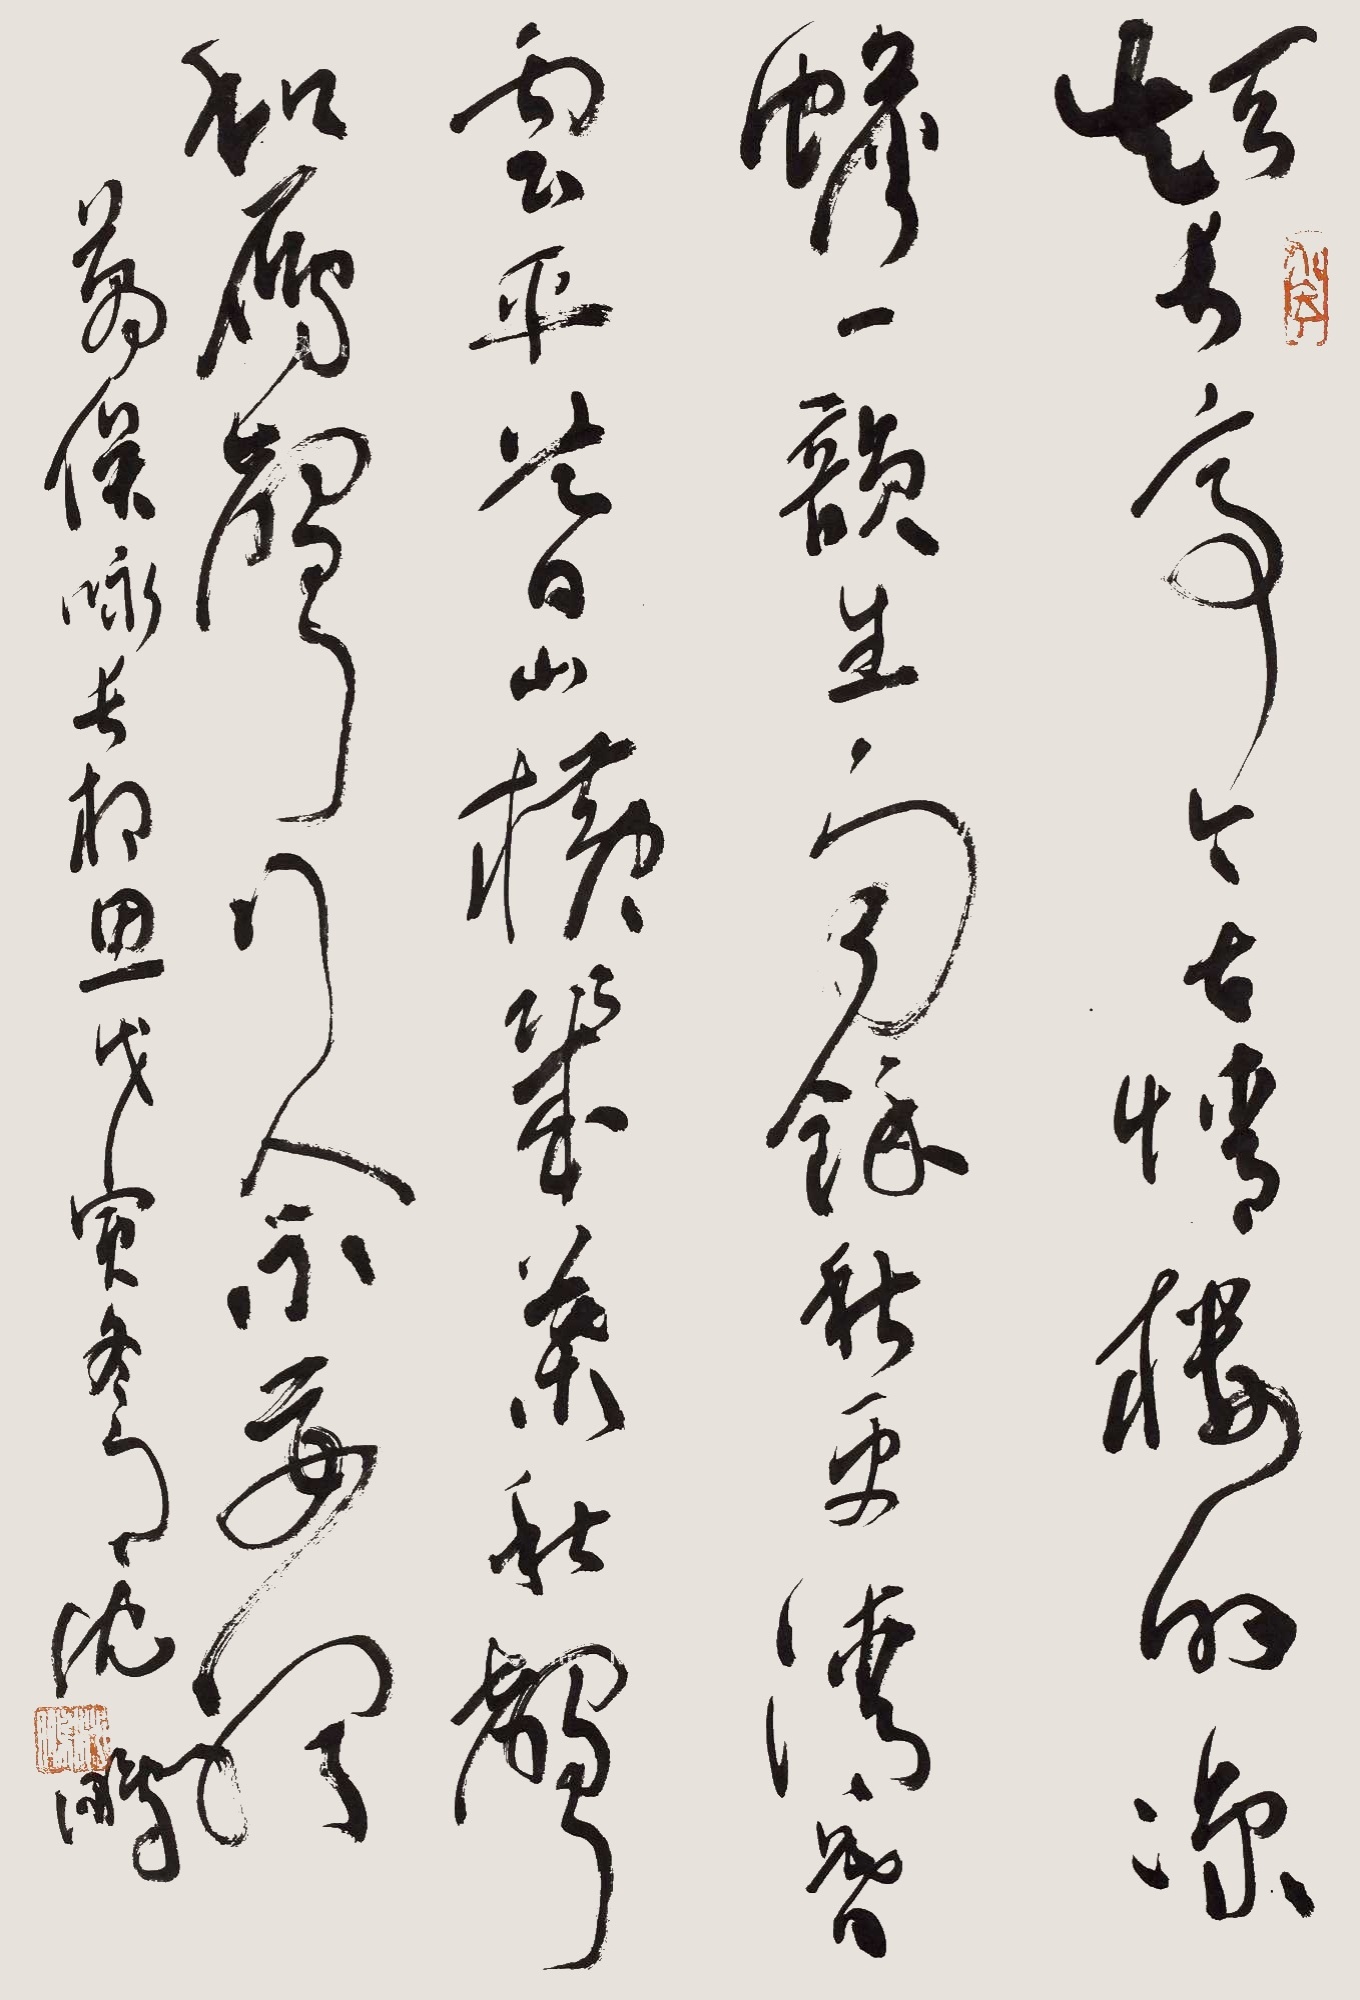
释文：短长亭，今古情。楼外凉蟾一韵生，雨余秋更清。暮云平，暮山横。几叶秋声和雁声，行人不要听。万俟咏长相思，戊寅冬月，沈鹏。